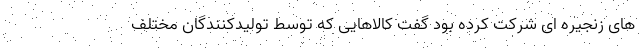
های زنجیره ای شرکت کرده بود گفت کالاهایی که توسط تولیدکنندگان مختلف